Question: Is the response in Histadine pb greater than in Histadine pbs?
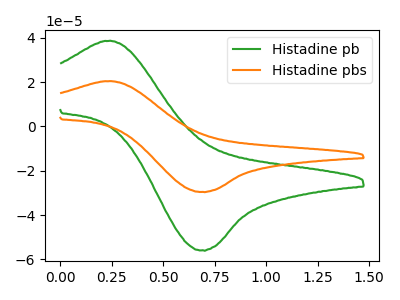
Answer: <think>The green curve "Histadine pb" has an anodic peak at (0.25V, 38.55uA) and a cathodic peak at (0.70V, -55.80uA). The orange curve "Histadine pbs" has an anodic peak at (0.25V, 20.40uA) and a cathodic peak at (0.70V, -29.50uA).
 All the peaks in "Histadine pb" have a peak in "Histadine pbs" at the same potential. Every peak in "Histadine pb" is higher than every peak in "Histadine pbs".</think>
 <answer>"Histadine pb" has more signal than "Histadine pbs".</answer>
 <eval>more_signal</eval>